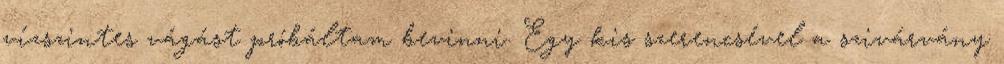
vízszintes vágást próbáltam bevinni. Egy kis szerencsével a szivárvány